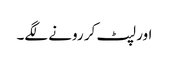
اور لپٹ کر رونے لگے۔